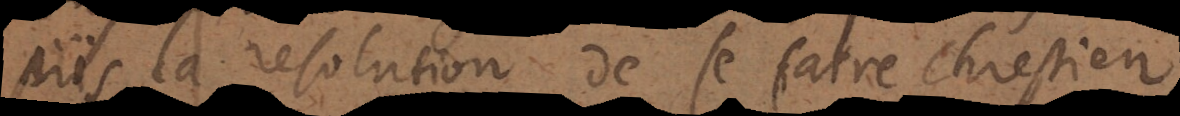
pris la resolution de se faire chrestien,